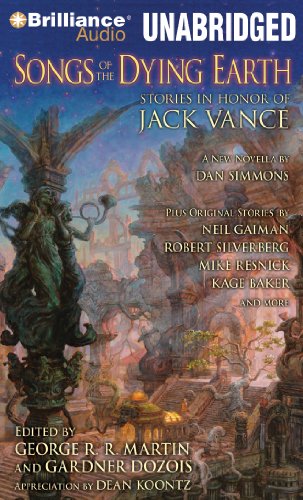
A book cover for Songs of the Dying Earth: Stories in Honor of Jack Vance; George R. R. Martin; Science Fiction & Fantasy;